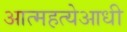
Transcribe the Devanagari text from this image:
आत्महत्येआधी